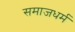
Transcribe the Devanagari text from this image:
समाजधर्म